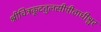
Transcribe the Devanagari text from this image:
श्रीचित्रकूटतुलसीपीठाधीश्वर